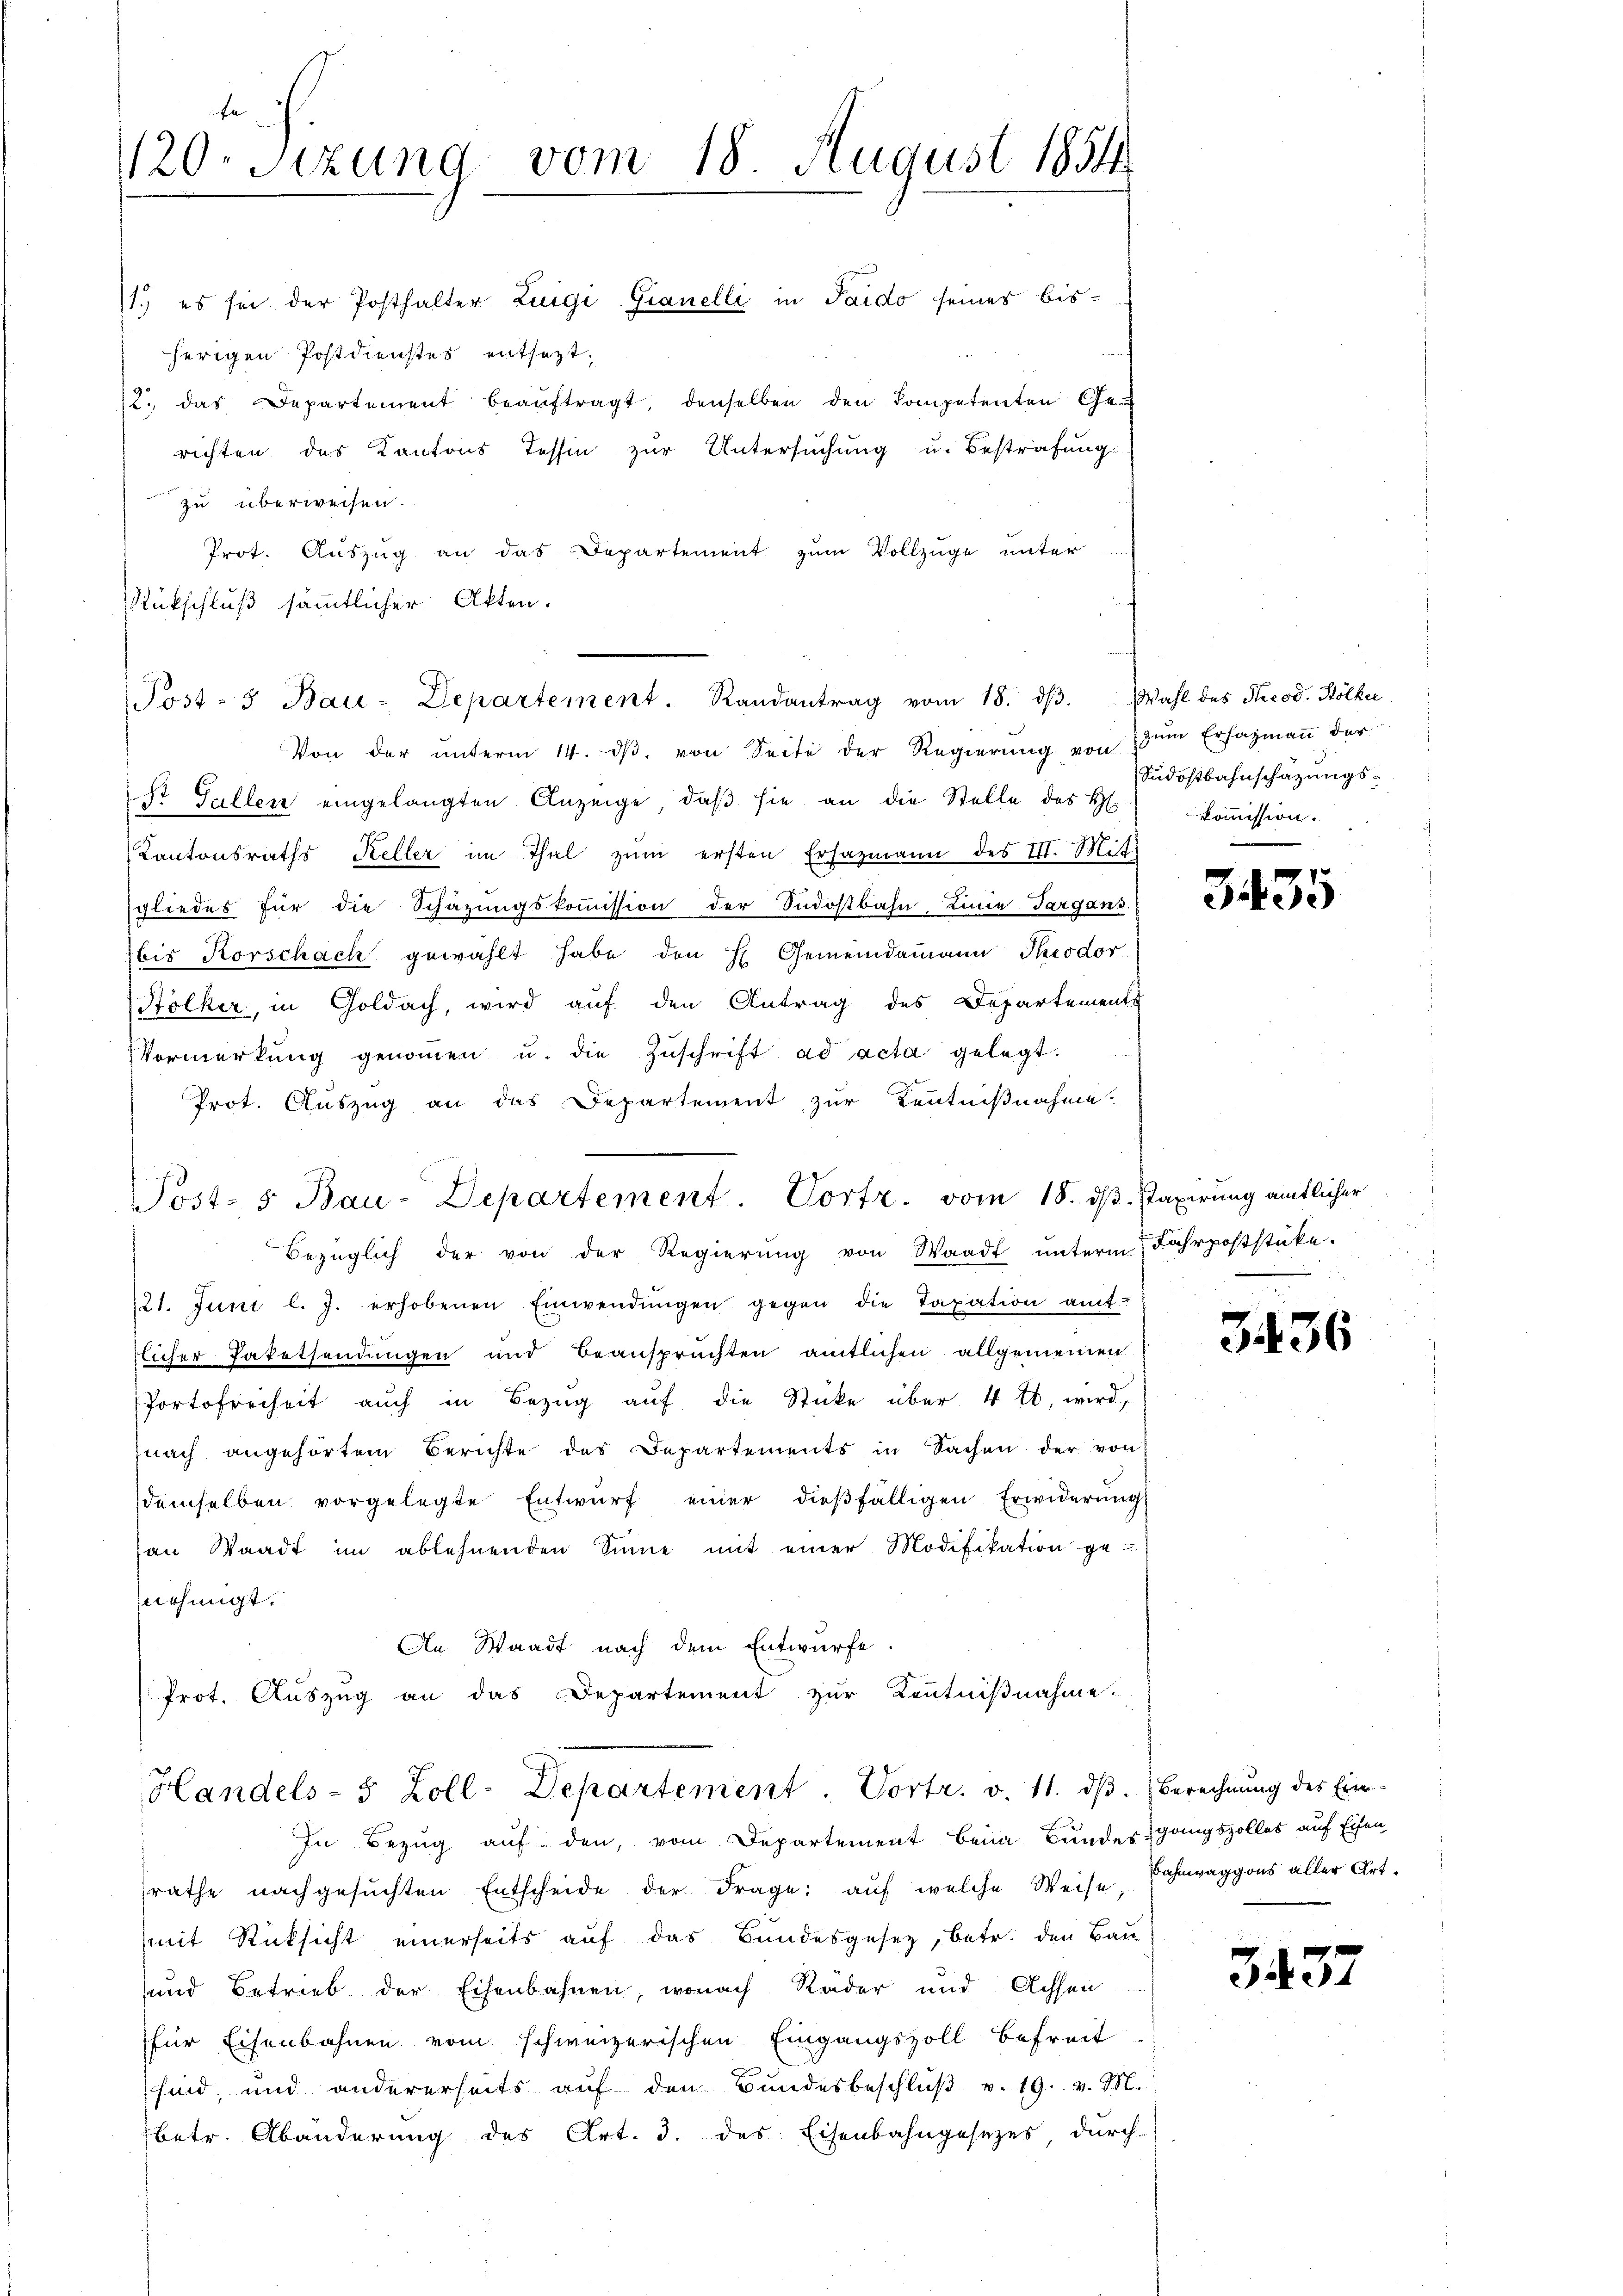
1120. Sitzung vom 18 August 1854

1.) es sei der Posthalter Luigi Gianelli in Taido seines bisherigen Postdienstes entsezt.
12. das Departement beaŭftragt, denselben den kompetenten Ge-
richten das Kantons Tessin zur Untersuchung u. Bestrafung
 zu überweisen.
Prot. Auszug an das Departement zum Vollzüge unter
Rückschluß sämmtlicher Akten.
Von der ŭnterm 14. dβ von Seite der Regierŭng von zŭm Erfazmaṅ der
st Gallen eingelangten Anzeige, daβ sie an die Stelle des H. koṁission.
Kantonsraths Keller im Thal zum ersten Ersazmann des III. Mit-
sgliedes für die Schazungskommission der Südostbahn, Linie-Targans
bis Korschach gewählt habe den H. Gemeindamann Piodor
Sölker, in Goldach, wird aŭf den Antrag des Departements
Vormerkung genommen u. die Zŭschrift ad acta gelegt.
Prot. Auszug an das Departement zur Kentnißnahme.
u
Post- 5. Bau-Departement. Vortr. vom 18. dβ. taxirung amtlicher
Bezüglich der von der Regierŭng von Waadt ŭnterm 1 Fahrpoststücke.
221. Juni l. J. erhobenen Einwendŭngen gegen die Taxation amt-
tlicher Paketsendungen und Beansprüchten amtlichen allgemeinen
Portofreiheit auch in Bezug auf die Stücke über 4 tt, wird,
nach angehörtem Berichte des Departements in Sachen der von
demselben vorgelegte Entwŭrf einer dießfälligen Erwiderŭng
an Staadt im ablehnenden Sinne mit einer Modifikation ge
nehmigt.
An Waadt nach dem Entwurfe
Prot. Auszug an das Departement zur Kenntnißnahme.

Post- 5. Bau-Departement. Randantrag vom 18. dβ. Wahl des Theod. Hölker

Handels- 5 Zoll-Departement. Vortr. v. 11. dβ. Berechnŭng des Ein-

Südostbahnschätzungs¬

In Bezug auf den, vom Departement beim Bundesgangszolles auf Eisen
rathe nachgesŭchten Entscheide der Frage: aŭf welche Weise Bahnwaggons aller Art.
mit Rücksicht einerseits auf das Bundesgesetz, betr. den Bau
und Betrieb der Eisenbahnen, wonach Räder und Achsen
für Eisenbahnen vom schweizerischen Eingangszoll befreit
sind, und andererseits auf den Bundesbeschlŭβ v. 19. v. M.
betr. Abänderung des Art. 3. des Eisenbahngesezes durch-

3435

3436

3432